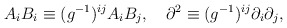
\begin{align*}A_i B_i \equiv (g^{-1})^{ij} A_i B_j, \quad\partial^2 \equiv (g^{-1})^{ij} \partial_i \partial_j,\end{align*}